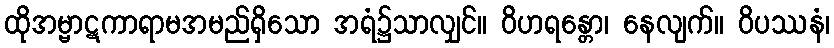
ထိုအမ္ဗာဋကာရာမအမည်ရှိသော အရံ၌သာလျှင်။ ဝိဟရန္တော၊ နေလျက်။ ဝိပဿနံ၊